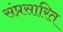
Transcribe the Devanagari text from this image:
संप्रसारित